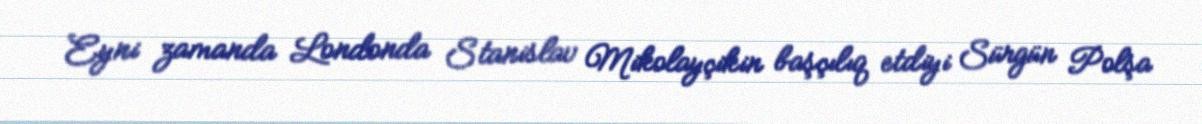
Eyni zamanda Londonda Stanislav Mikolayçikin başçılıq etdiyi Sürgün Polşa